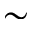
\sim